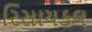
રિસાયકલ